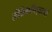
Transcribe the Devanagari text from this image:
तंत्रिकविज्ञानी